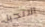
الانجيل